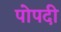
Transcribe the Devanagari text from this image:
पोपदी